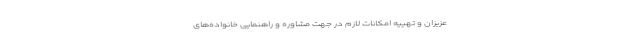
عزیزان و تهییه امکانات لازم در جهت مشاوره و راهنمایی خانواده‌های